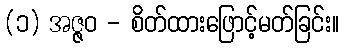
(၁) အဇ္ဇဝ - စိတ်ထားဖြောင့်မတ်ခြင်း။